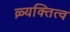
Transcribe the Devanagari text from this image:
ऴ्यक्तित्व